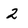
Character: 2